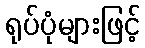
ရုပ်ပုံများဖြင့်